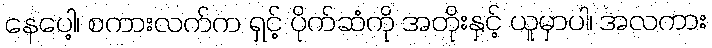
နေပေါ့၊ စကားလက်က ရှင့် ပိုက်ဆံကို အတိုးနှင့် ယူမှာပါ၊ အလကား